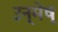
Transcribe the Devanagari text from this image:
उन्मेष्